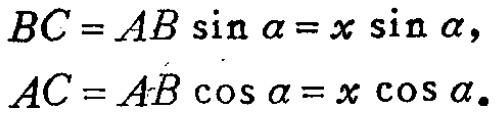
\[
\begin{align*}
BC&=AB\sin\alpha = x\sin\alpha,\\
AC&=AB\cos\alpha = x\cos\alpha.
\end{align*}
\]